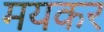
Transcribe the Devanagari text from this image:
मयकर